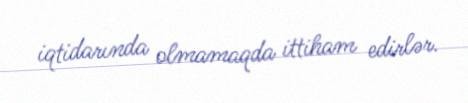
iqtidarında olmamaqda ittiham edirlər.